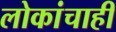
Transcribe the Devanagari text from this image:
लोकांचाही